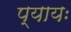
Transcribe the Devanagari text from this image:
प्यायः